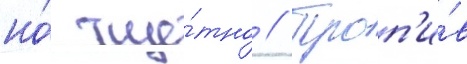
но́ тще́тно // Проп'и́в